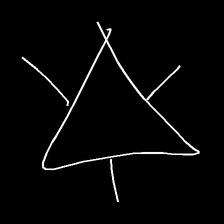
Glyph: fire